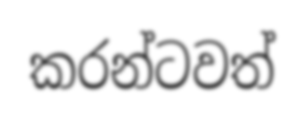
කරන්ටවත්